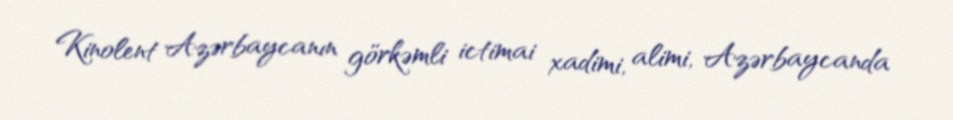
Kinolent Azərbaycanın görkəmli ictimai xadimi, alimi, Azərbaycanda